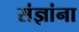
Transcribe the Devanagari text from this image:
संज्ञांना